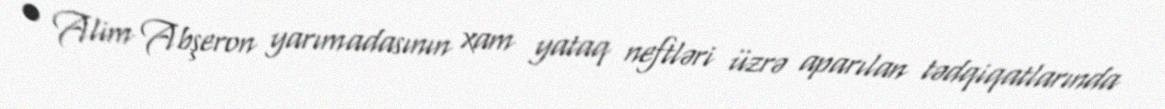
• Alim Abşeron yarımadasının xam yataq neftləri üzrə aparılan tədqiqatlarında